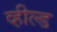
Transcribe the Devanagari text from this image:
व्हील्ड